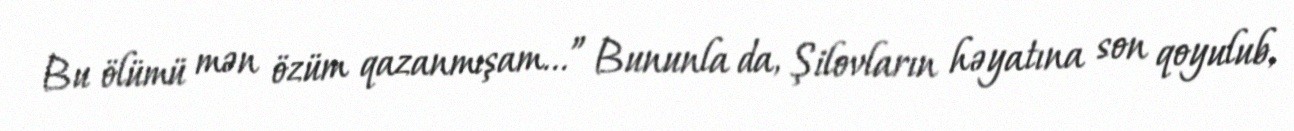
Bu ölümü mən özüm qazanmışam...” Bununla da, Şilovların həyatına son qoyulub,